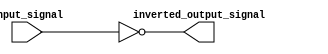
module active_low_buffer (
  input wire input_signal,
  output wire inverted_output_signal
);

  assign inverted_output_signal = ~input_signal;

endmodule